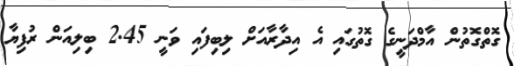
ގޮތްގޮތުން އާމްދަނީގެ ގޮތުގައި އެ އިދާރާއަށް ލިބިފައި ވަނީ 2.45 ބިލިއަން ރުފިޔާ